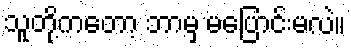
သူတို့ကတော့ ဘာမှ မပြောင်းမလဲ။